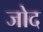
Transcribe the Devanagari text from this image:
जोद